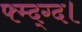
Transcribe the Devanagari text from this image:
फ्म्द्ग्द।